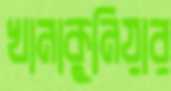
খানাকুনিয়ার